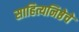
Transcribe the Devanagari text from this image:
साहित्यनिष्ठेचे